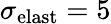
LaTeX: \sigma_{\mathrm{elast}}=5